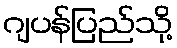
ဂျပန်ပြည်သို့